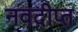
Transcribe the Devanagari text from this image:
नवदीप्त